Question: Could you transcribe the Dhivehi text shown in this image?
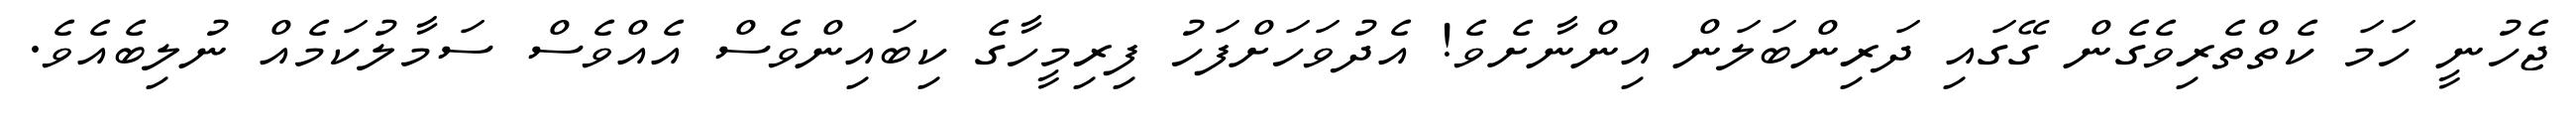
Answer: ޖެހުނީ ހަމަ ކެތްތެރިވެގެން ގޭގައި ދަރިންބަލަން އިންނާށެވެ! އެދުވަހަށްފަހު ފިރިމީހާގެ ކިބައިންވެސް އެއްވެސް ސަމާލުކަމެއް ނުލިބެއެވެ.